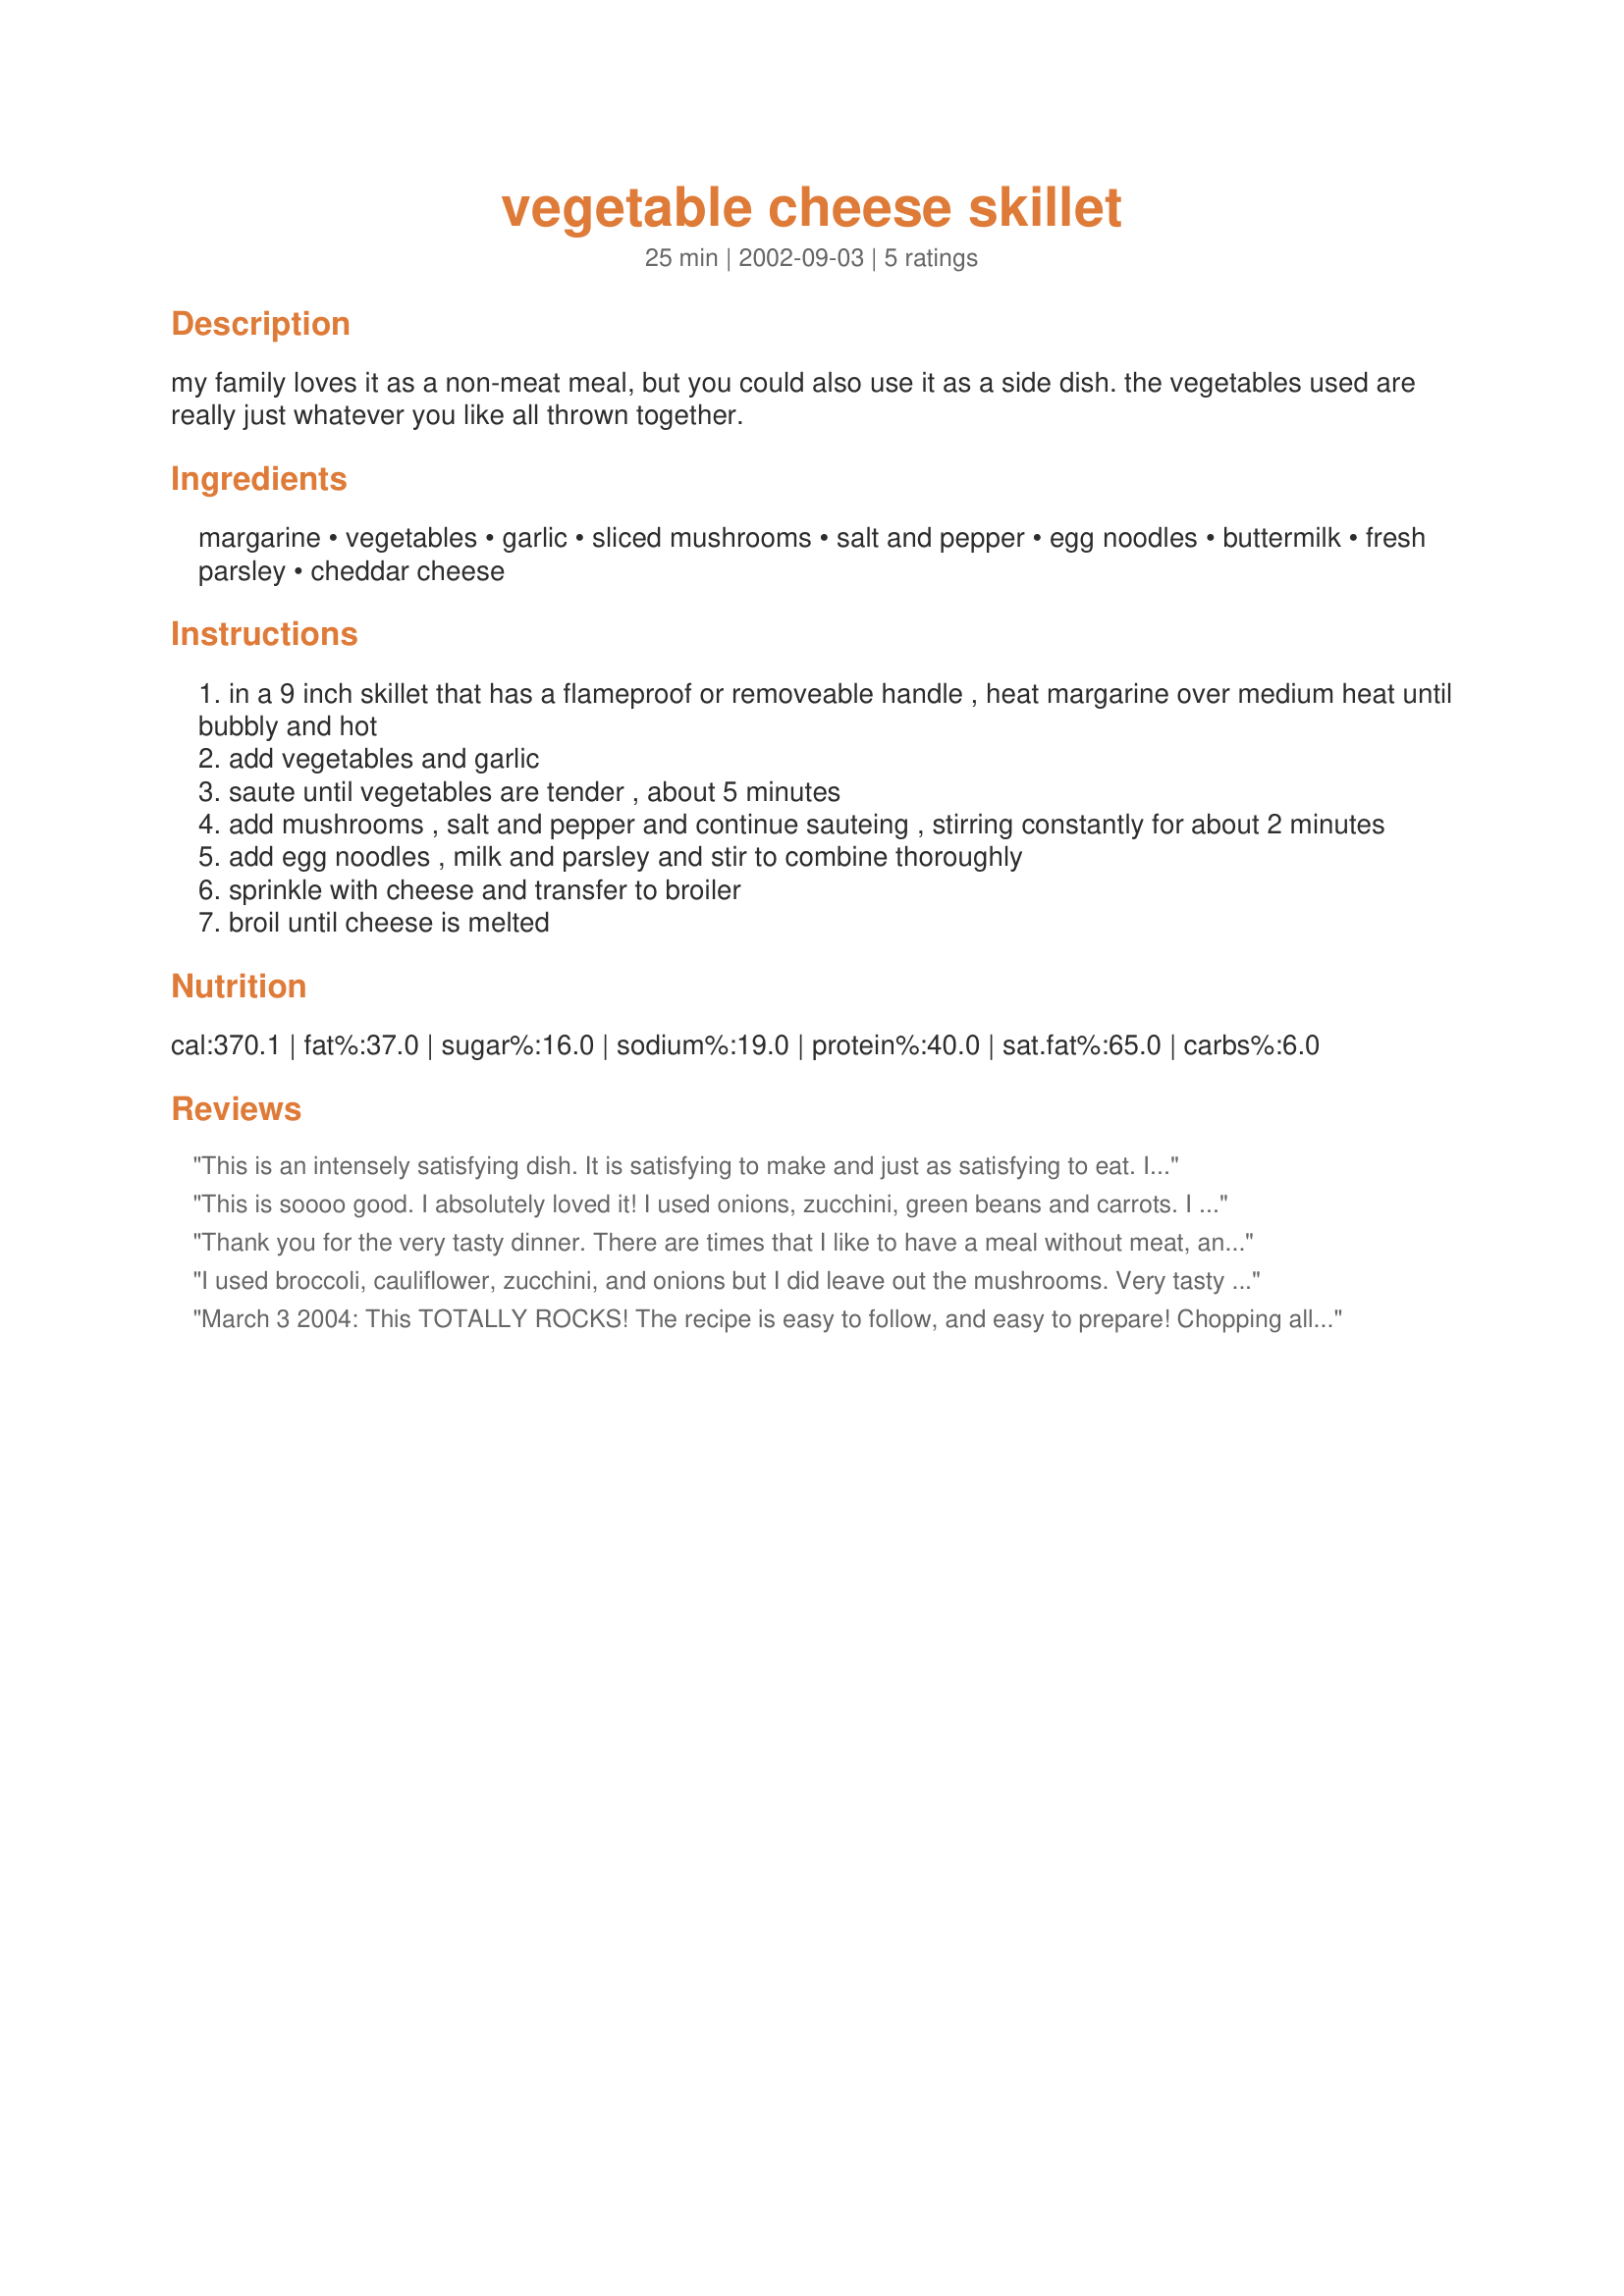
vegetable cheese skillet
Preparation time: 25 minutes

my family loves it as a non-meat meal, but you could also use it as a side dish. the vegetables used are really just whatever you like all thrown together.

Ingredients:
margarine, vegetables, garlic, sliced mushrooms, salt and pepper, egg noodles, buttermilk, fresh parsley, cheddar cheese

Steps:
in a 9 inch skillet that has a flameproof or removeable handle , heat margarine over medium heat until bubbly and hot
add vegetables and garlic
saute until vegetables are tender , about 5 minutes
add mushrooms , salt and pepper and continue sauteing , stirring constantly for about 2 minutes
add egg noodles , milk and parsley and stir to combine thoroughly
sprinkle with cheese and transfer to broiler
broil until cheese is melted

Reviews:
This is an intensely satisfying dish. It is satisfying to make and just as satisfying to eat. I had a wonderful time choosing the vegetable that I would put into the stir-fry, it smelled wonderful while it was cooking, and it was delicious. This definitely should be filed under the category of Comfort Food! I multipled the recipe to feed 6, so used more of the ingredients and the cooking time was longer. I used zucchini, tomatoes, onions, carrot, red peppers and canned button mushrooms. The recipe assumes you have already-cooked egg noodles, if you are cooking them from scratch you should add some more time for cooking. Making this dish from scratch is just a tiny labor-intensive, chopping the vegetable into tiny bits, grating the cheese, stirring until the vegetables are tender. However, you could make this very quickly using fresh pasta, pre-cut veggies and pre-grated cheese from the supermarket. I also found that a dash of salt and pepper was not enough flavor for our family, so I added about a tablespoon of mushroom soup powder. If you are following the recipe for 2 servings, I would suggest about a teaspoon of the stuff. I also added a healthy dash of paprika. MG, this was a pleasure to make and even more of a pleasure to eat. I'm so glad I made lots, because now I have something wonderful to take to work tomorrow for lunch!
This is soooo good. I absolutely loved it! I used onions, zucchini, green beans and carrots. I didn't have buttermilk, so just used regular milk, and I forgot to put in the parsley.
Thank you for the very tasty dinner. There are times that I like to have a meal without meat, and this dish was very satisfying. I had garlic french bread to have along side with a tossed salad. It was very simple to put together. We will be having this again! :)
I used broccoli, cauliflower, zucchini, and onions but I did leave out the mushrooms. Very tasty and a great way to use those veggies before they get tossed. I'll definitely be making this oftan during the summer when fresh veggies are plentiful! Made for Holiday Tag. Thanks for the keeper MG!
March 3 2004: This TOTALLY ROCKS! The recipe is easy to follow, and easy to prepare! Chopping all of the veggies is a bit of work, but DEFINITELY worth it. I tripled the recipe (good to use up veggies, and good for leftovers!! lol). I used butter instead of margarine as I dont use margarine. I used 3 small potatoes (in place of the pasta as Mysterygirl suggested, because i didnt have any pasta), 1 eggplant, 1 zucchini, 2 tomatoes, 1 yellow onion, and garlic. I cooked the potatoes until golden brown almost done, and then added the rest of the veggies. Did the milk and parsley deal, sprinkled with the cheese and broiled til melted and starting to get that crisp-like browning effect.. YUM!!! It is absolutely fabulous. We had this with wheat toast! I cant believe how much I enjoyed this!!! I want to go dive into the leftovers and we just had dinner a couple of hrs ago lol.. THANKS MG!!! I'll make this time and time again! :)
[edited]April 5 2004: I made this again tonight for the 4th time since last month! We thoroughly enjoy it! This time I added a touch of dried rosemary to it, and it added such a WONDERFUL flavorto the dish! Thanks so much, AGAIN, for this recipe! :)
